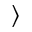
\rangle